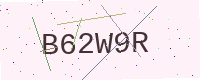
Text: B62W9R